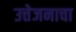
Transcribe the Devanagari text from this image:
उत्तेजनाचा